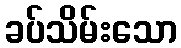
ခပ်သိမ်းသော